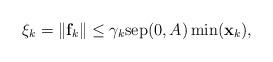
LaTeX: \begin{align*}\xi _{k}=\Vert \mathbf{f}_{k}\Vert \leq \gamma _{k}\mathrm{sep}(0,A)\min (\mathbf{x}_{k}), \end{align*}